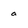
Character: a